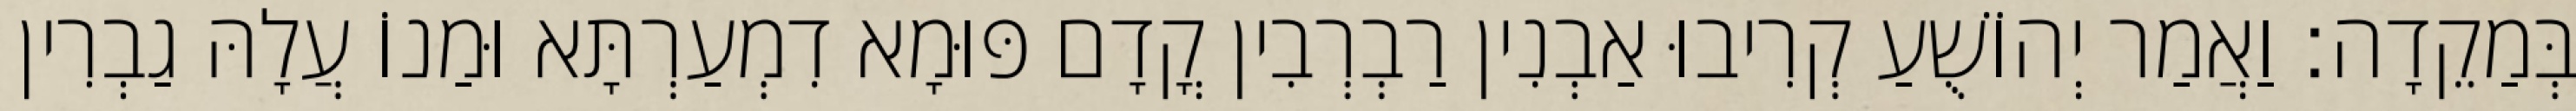
בְּמַקֵדָה׃ וַאֲמַר יְהוֹשֻׁעַ קְרִיבוּ אַבְנִין רַבְרְבִין קֳדָם פּוּמָא דִמְעַרְתָּא וּמַנוֹ עֲלָהּ גַבְרִין